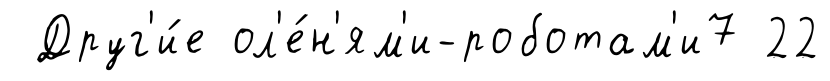
Друг'и́е ол'е́н'ям'и-роботам'и7 22